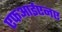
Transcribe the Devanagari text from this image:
एफआईएनए